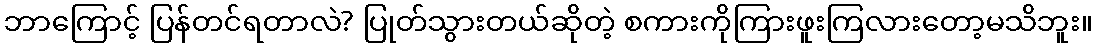
ဘာကြောင့် ပြန်တင်ရတာလဲ? ပြုတ်သွားတယ်ဆိုတဲ့ စကားကိုကြားဖူးကြလားတော့မသိဘူး။